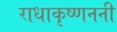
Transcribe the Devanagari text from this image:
राधाकृष्णननी